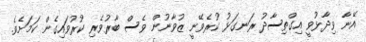
އޭނާ ވިދާޅުވީ އިގްތިސާދު ރަނގަޅު ކުރެވޭނީ ޒުވާނުން ވެސް ބާރުވެރި ކުރުވައިގެން ކަމަށެވެ.